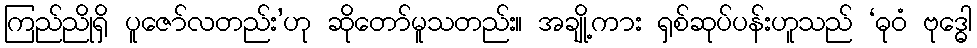
ကြည်ညိုရှိ ပူဇော်လတည်း’ဟု ဆိုတော်မူသတည်း။ အချို့ကား ရှစ်ဆုပ်ပန်းဟူသည် ‘ဓုဝံ ဗုဒ္ဓေါ